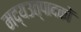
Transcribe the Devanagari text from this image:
मद्यउत्पादकों